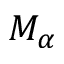
M _ { \alpha }